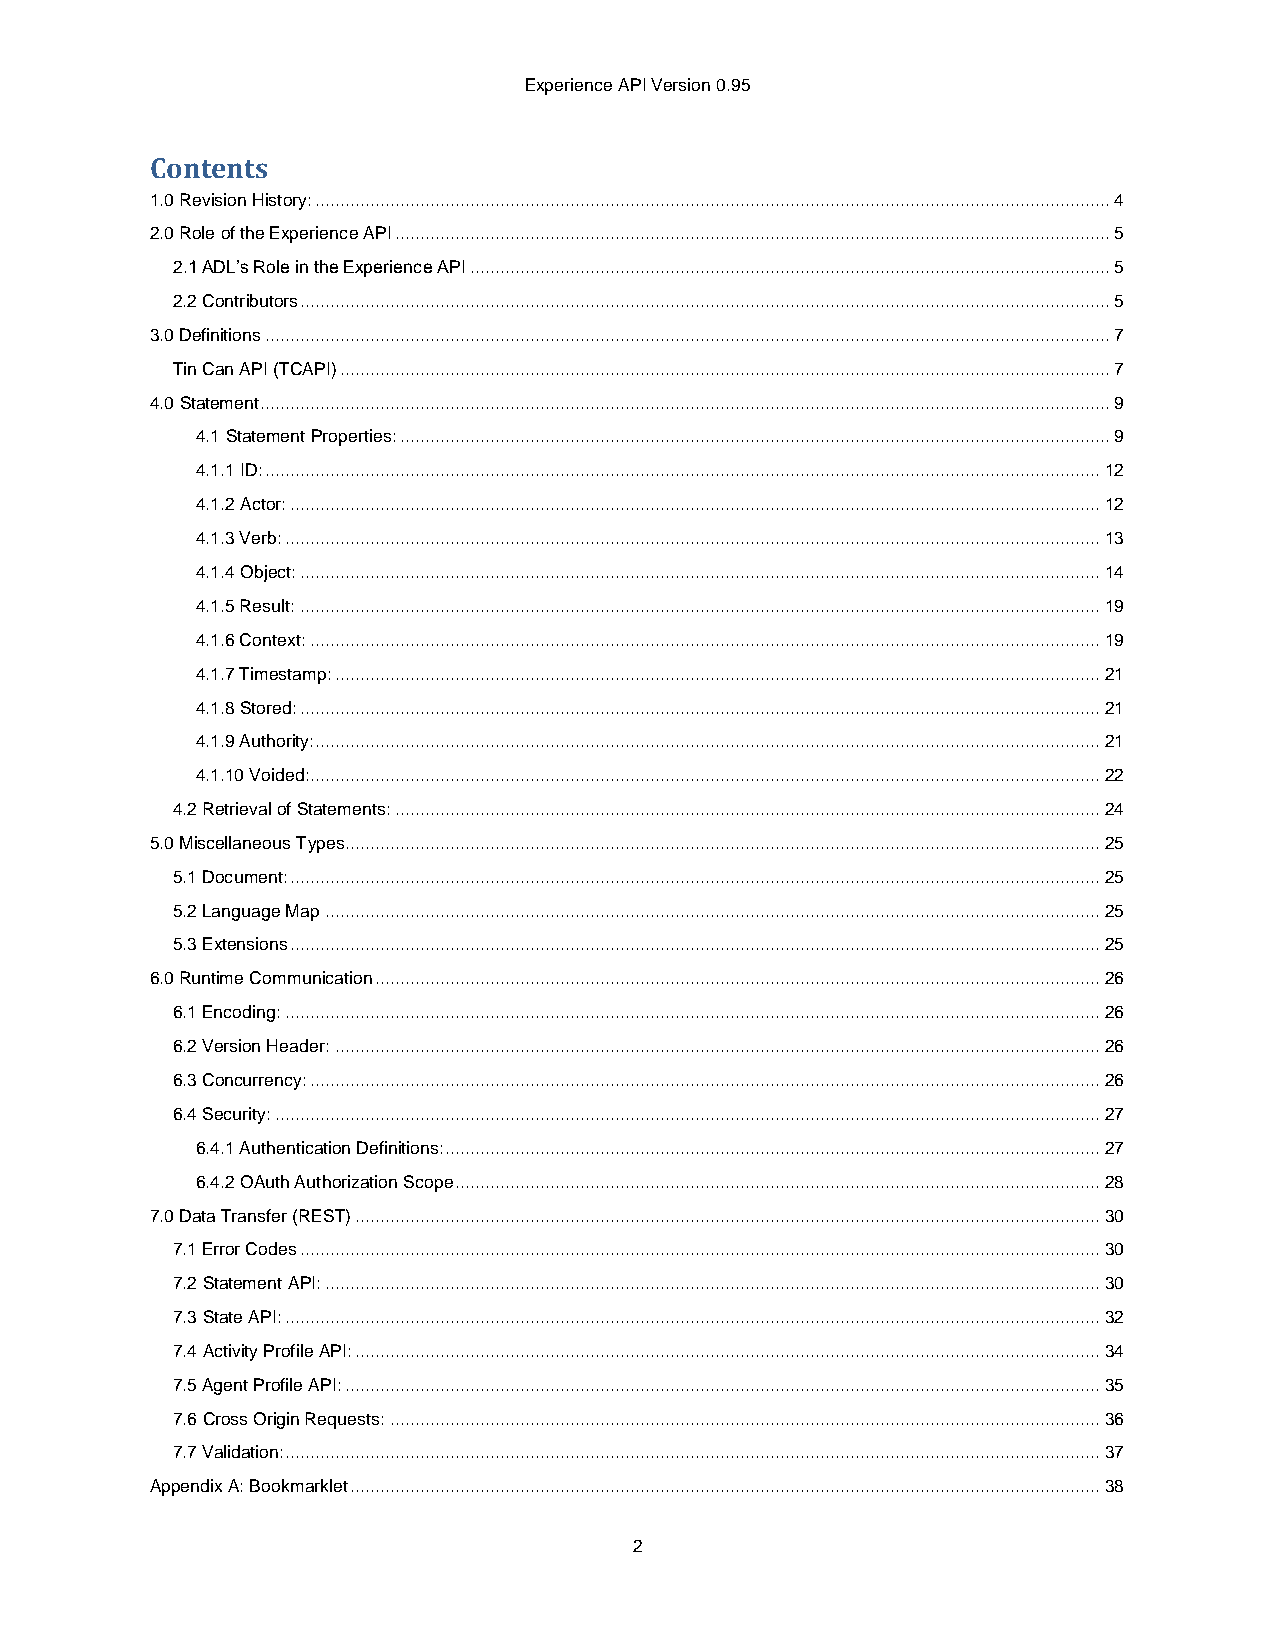
Experience API Version 0.95
 Contents
 1.0 Revision History: ............................................................................................................................................................... 4
 2.0 Role of the Experience API ............................................................................................................................................... 5
 2.1 ADL’s Role in the Experience API ................................................................................................................................ 5
 2.2 Contributors .................................................................................................................................................................. 5
 3.0 Definitions ......................................................................................................................................................................... 7
 Tin Can API (TCAPI) .......................................................................................................................................................... 7
 4.0 Statement.......................................................................................................................................................................... 9
 4.1 Statement Properties: .............................................................................................................................................. 9
 4.1.1 ID: ....................................................................................................................................................................... 12
 4.1.2 Actor: .................................................................................................................................................................. 12
 4.1.3 Verb: ................................................................................................................................................................... 13
 4.1.4 Object: ................................................................................................................................................................ 14
 4.1.5 Result: ................................................................................................................................................................ 19
 4.1.6 Context: .............................................................................................................................................................. 19
 4.1.7 Timestamp: ......................................................................................................................................................... 21
 4.1.8 Stored: ................................................................................................................................................................ 21
 4.1.9 Authority:............................................................................................................................................................. 21
 4.1.10 Voided:.............................................................................................................................................................. 22
 4.2 Retrieval of Statements: ............................................................................................................................................. 24
 5.0 Miscellaneous Types....................................................................................................................................................... 25
 5.1 Document: .................................................................................................................................................................. 25
 5.2 Language Map ........................................................................................................................................................... 25
 5.3 Extensions .................................................................................................................................................................. 25
 6.0 Runtime Communication ................................................................................................................................................. 26
 6.1 Encoding: ................................................................................................................................................................... 26
 6.2 Version Header: ......................................................................................................................................................... 26
 6.3 Concurrency: .............................................................................................................................................................. 26
 6.4 Security: ..................................................................................................................................................................... 27
 6.4.1 Authentication Definitions:................................................................................................................................... 27
 6.4.2 OAuth Authorization Scope ................................................................................................................................. 28
 7.0 Data Transfer (REST) ..................................................................................................................................................... 30
 7.1 Error Codes ................................................................................................................................................................ 30
 7.2 Statement API: ........................................................................................................................................................... 30
 7.3 State API: ................................................................................................................................................................... 32
 7.4 Activity Profile API: ..................................................................................................................................................... 34
 7.5 Agent Profile API: ....................................................................................................................................................... 35
 7.6 Cross Origin Requests: .............................................................................................................................................. 36
 7.7 Validation:................................................................................................................................................................... 37
 Appendix A: Bookmarklet ...................................................................................................................................................... 38
 2